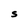
Character: S